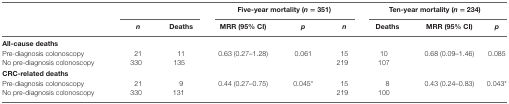
|  | <COLSPAN=2>  | <COLSPAN=3> Five-year mortality (n = 351) | <COLSPAN=3> Ten-year mortality (n = 234) |
 |  | n | Deaths | MRR (95% CI) | p | n | Deaths | MRR (95% CI) | p |
 | --- | --- | --- | --- | --- | --- | --- | --- | --- |
 | <COLSPAN=9> All-cause deaths |
 | Pre-diagnosis colonoscopy | 21 | 11 | 0.63 (0.27–1.28) | 0.061 | 15 | 10 | 0.68 (0.09–1.46) | 0.085 |
 | No pre-diagnosis colonoscopy | 330 | 135 |  |  | 219 | 107 |  |  |
 | <COLSPAN=9> CRC-related deaths |
 | Pre-diagnosis colonoscopy | 21 | 9 | 0.44 (0.27–0.75) | 0.045* | 15 | 8 | 0.43 (0.24–0.83) | 0.043* |
 | No pre-diagnosis colonoscopy | 330 | 131 |  |  | 219 | 100 |  |  |